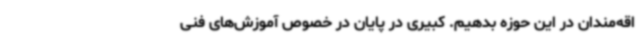
اقه‌مندان در این حوزه بدهیم. کبیری در پایان در خصوص آموزش‌های فنی